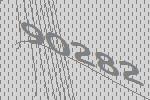
90282